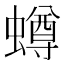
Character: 𧒆